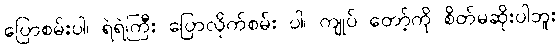
ပြောစမ်းပါ၊ ရဲရဲကြီး ပြောလိုက်စမ်း ပါ၊ ကျုပ် တော့်ကို စိတ်မဆိုးပါဘူး